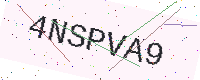
Text: 4NSPVA9